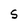
Character: S